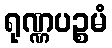
ရုဏ္ဏပဉ္စမံ